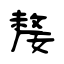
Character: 嫠